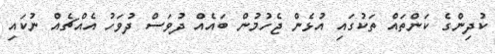
ކުދިންގެ ކަންތައް ތަކުގައި އުޅެން ޖެހުމުން ބައެއް ދުވަސް ދުވަހު އެއްޗެއް ނުކައި